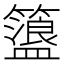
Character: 𥶞